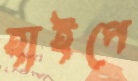
হাইপে